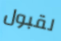
لقبول